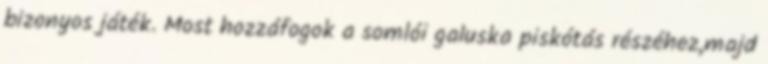
bizonyos játék. Most hozzáfogok a somlói galuska piskótás részéhez,majd